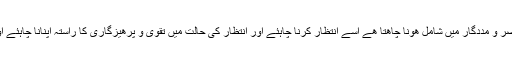
”جو شخص امام قائم علیہ السلام کے ناصر و مددگار میں شامل ھونا چاھتا ھے اسے انتظار کرنا چاہئے اور انتظار کی حالت میں تقویٰ و پرھیزگاری کا راستہ اپنانا چاہئے اور نیک اخلاق سے مزین ھونا چاہئے“۔